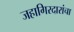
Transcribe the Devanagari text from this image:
जहागिरदारांचा